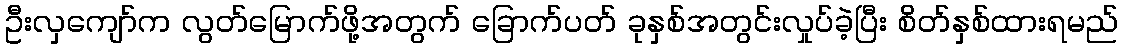
ဦးလှကျော်က လွတ်မြောက်ဖို့အတွက် ခြောက်ပတ် ခုနှစ်အတွင်းလှုပ်ခဲ့ပြီး စိတ်နှစ်ထားရမည်